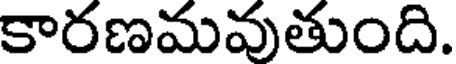
కారణమవుతుంది.